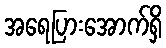
အရေပြားအောက်ရှိ